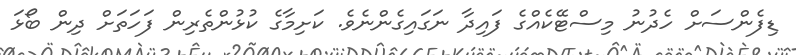
ޑިފެންސަށް ހެދުނު މިސްޓޭކެއްގެ ފައިދާ ނަގައިގެންނެވެ. ކަށިމާގެ ކުޅުންތެރިން ފަހަތަށް ދިން ބޯޅަ